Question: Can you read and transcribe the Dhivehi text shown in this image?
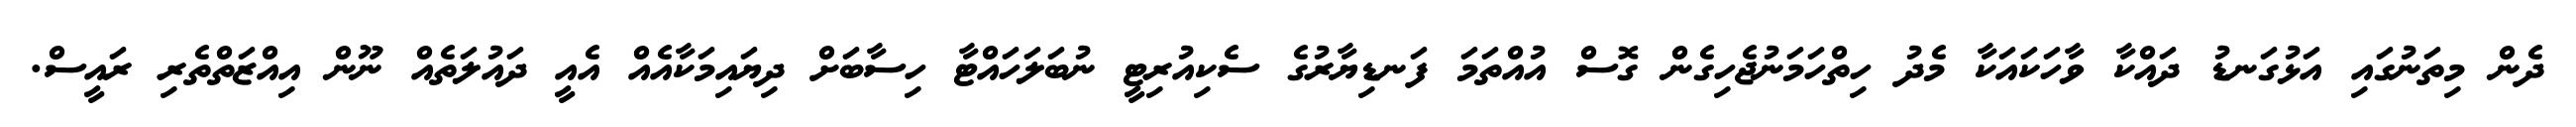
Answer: ދެން މިތަނުގައި އަޅުގަނޑު ދައްކާ ވާހަކައަކާ މެދު ހިތްހަމަނުޖެހިގެން ގޮސް އުއްތަމަ ފަނޑިޔާރުގެ ސެކިއުރިޓީ ނުބަލަހައްޓާ ހިސާބަށް ދިޔައިމަކާއެއް އެއީ ދައުލަތެއް ނޫން އިއްޒަތްތެރި ރައީސް.